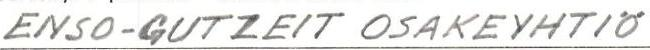
ENSO-GUTZEIT OSAKEYHTIÖ